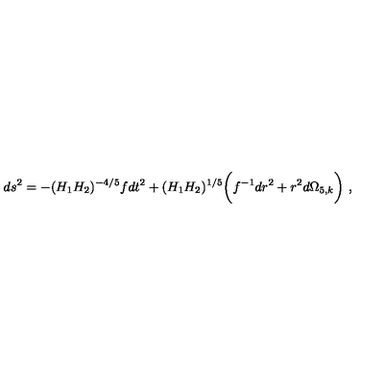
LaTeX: d s ^ { 2 } = - { ( H _ { 1 } H _ { 2 } ) ^ { - { 4 / 5 } } } f d t ^ { 2 } + ( H _ { 1 } H _ { 2 } ) ^ { 1 / 5 } \bigg ( f ^ { - 1 } { d r ^ { 2 } } + r ^ { 2 } d \Omega _ { 5 , k } \bigg ) \ ,